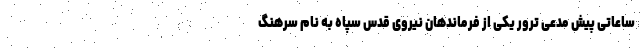
ساعاتی پیش مدعی ترور یکی از فرماندهان نیروی قدس سپاه به نام سرهنگ